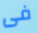
فى